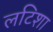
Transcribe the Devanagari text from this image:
लटिशा